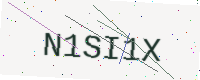
Text: N1SI1X